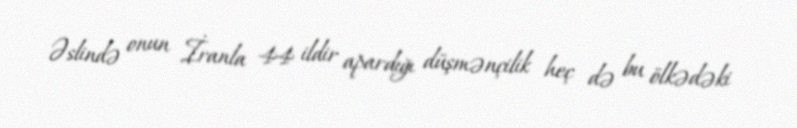
Əslində onun İranla 44 ildir apardığı düşmənçilik heç də bu ölkədəki